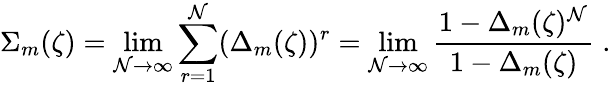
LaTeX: \Sigma_{m}(\zeta)=\operatorname*{lim}_{\mathcal{N}\rightarrow\infty}\sum_{r=1}^{\mathcal{N}}(\Delta_{m}(\zeta))^{r}=\operatorname*{lim}_{\mathcal{N}\rightarrow\infty}{\frac{{1-\Delta_{m}(\zeta)^{\mathcal{N}}}}{{1-\Delta_{m}(\zeta)}}}\; .